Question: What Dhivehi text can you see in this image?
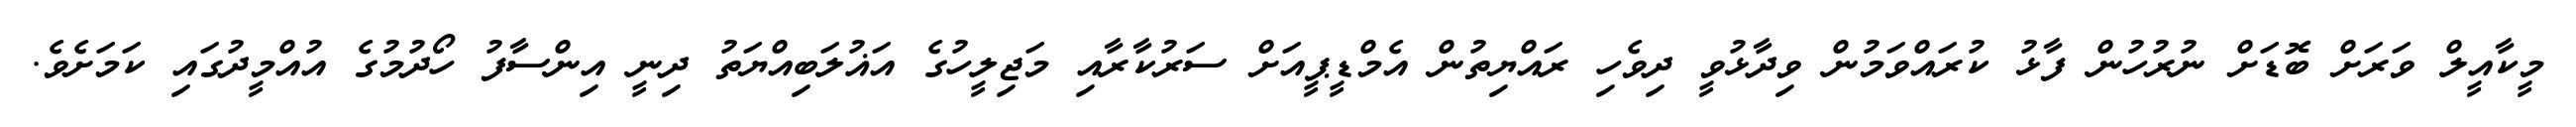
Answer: މީކާއީލް ވަރަށް ބޮޑަށް ނުރުހުން ފާޅު ކުރައްވަމުން ވިދާޅުވީ ދިވެހި ރައްޔިތުން އެމްޑީޕީއަށް ސަރުކާރާއި މަޖިލީހުގެ އަޣުލަބިއްޔަތު ދިނީ އިންސާފު ހޯދުމުގެ އުއްމީދުގައި ކަމަށެވެ.